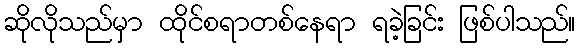
ဆိုလိုသည်မှာ ထိုင်စရာတစ်နေရာ ရခဲ့ခြင်း ဖြစ်ပါသည်။